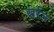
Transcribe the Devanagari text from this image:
खर्रल